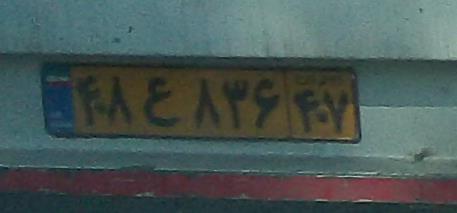
۴۸ع۸۳۶۴۷